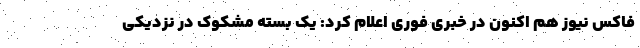
فاکس نیوز هم اکنون در خبری فوری اعلام کرد: یک بسته مشکوک در نزدیکی